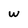
Character: w